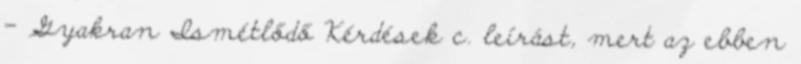
– Gyakran Ismétlődő Kérdések c. leírást, mert az ebben